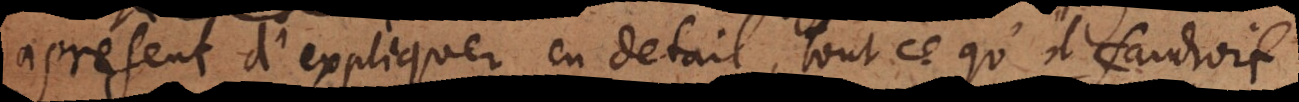
present d’expliquer en detail tout ce qu’il faudroit